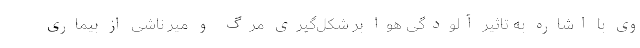
وی با اشاره به تاثیر آلودگی هوا بر شکل‌گیری مرگ و میر ناشی از بیماری